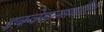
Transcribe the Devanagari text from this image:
इक्वेशनमधील